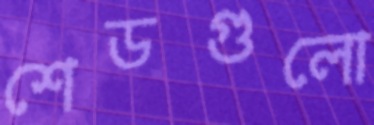
শেডগুলো